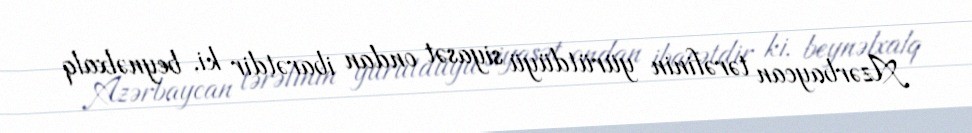
Azərbaycan tərəfinin yürütdüyü siyasət ondan ibarətdir ki, beynəlxalq